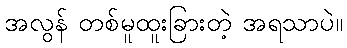
အလွန် တစ်မူထူးခြားတဲ့ အရသာပဲ။